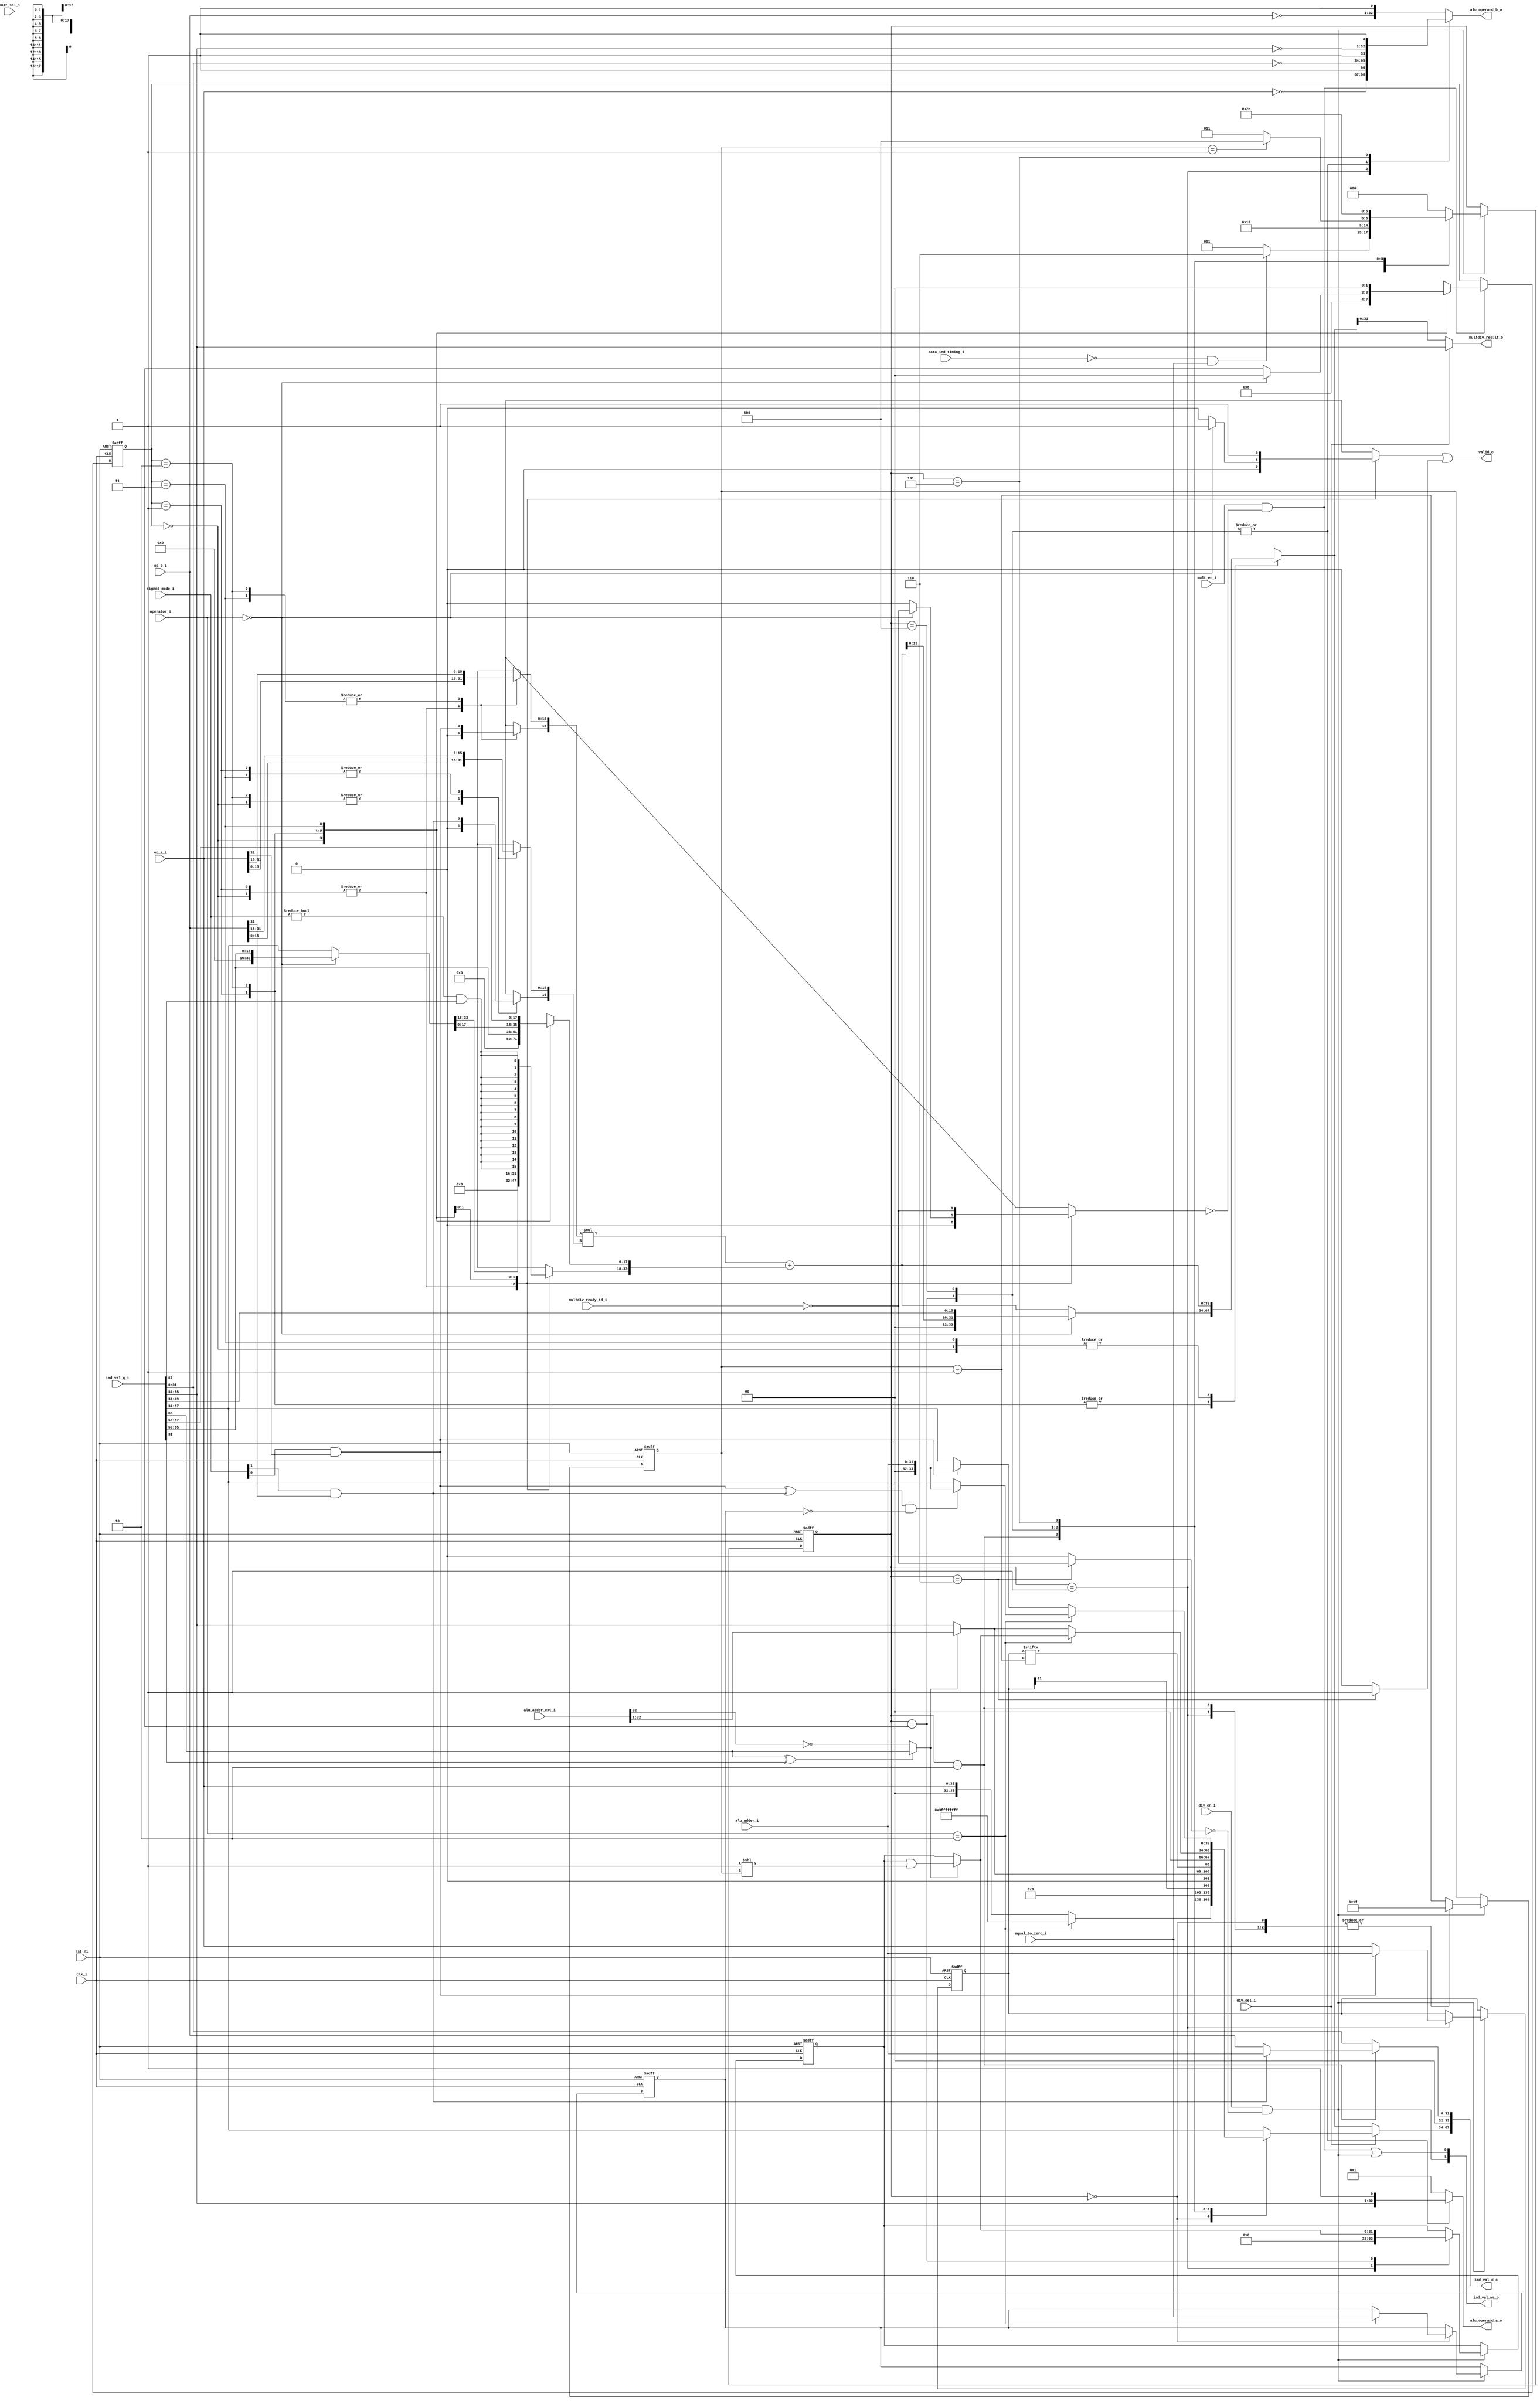
module ibex_multdiv_fast (
	clk_i,
	rst_ni,
	mult_en_i,
	div_en_i,
	mult_sel_i,
	div_sel_i,
	operator_i,
	signed_mode_i,
	op_a_i,
	op_b_i,
	alu_adder_ext_i,
	alu_adder_i,
	equal_to_zero_i,
	data_ind_timing_i,
	alu_operand_a_o,
	alu_operand_b_o,
	imd_val_q_i,
	imd_val_d_o,
	imd_val_we_o,
	multdiv_ready_id_i,
	multdiv_result_o,
	valid_o
);
	localparam integer ibex_pkg_RV32MFast = 2;
	parameter integer RV32M = ibex_pkg_RV32MFast;
	input wire clk_i;
	input wire rst_ni;
	input wire mult_en_i;
	input wire div_en_i;
	input wire mult_sel_i;
	input wire div_sel_i;
	input wire [1:0] operator_i;
	input wire [1:0] signed_mode_i;
	input wire [31:0] op_a_i;
	input wire [31:0] op_b_i;
	input wire [33:0] alu_adder_ext_i;
	input wire [31:0] alu_adder_i;
	input wire equal_to_zero_i;
	input wire data_ind_timing_i;
	output reg [32:0] alu_operand_a_o;
	output reg [32:0] alu_operand_b_o;
	input wire [67:0] imd_val_q_i;
	output wire [67:0] imd_val_d_o;
	output wire [1:0] imd_val_we_o;
	input wire multdiv_ready_id_i;
	output wire [31:0] multdiv_result_o;
	output wire valid_o;
	localparam integer RegFileFF = 0;
	localparam integer RegFileFPGA = 1;
	localparam integer RegFileLatch = 2;
	localparam integer RV32MNone = 0;
	localparam integer RV32MSlow = 1;
	localparam integer RV32MFast = 2;
	localparam integer RV32MSingleCycle = 3;
	localparam integer RV32BNone = 0;
	localparam integer RV32BBalanced = 1;
	localparam integer RV32BFull = 2;
	localparam [6:0] OPCODE_LOAD = 7'h03;
	localparam [6:0] OPCODE_MISC_MEM = 7'h0f;
	localparam [6:0] OPCODE_OP_IMM = 7'h13;
	localparam [6:0] OPCODE_AUIPC = 7'h17;
	localparam [6:0] OPCODE_STORE = 7'h23;
	localparam [6:0] OPCODE_OP = 7'h33;
	localparam [6:0] OPCODE_LUI = 7'h37;
	localparam [6:0] OPCODE_BRANCH = 7'h63;
	localparam [6:0] OPCODE_JALR = 7'h67;
	localparam [6:0] OPCODE_JAL = 7'h6f;
	localparam [6:0] OPCODE_SYSTEM = 7'h73;
	localparam [5:0] ALU_ADD = 0;
	localparam [5:0] ALU_SUB = 1;
	localparam [5:0] ALU_XOR = 2;
	localparam [5:0] ALU_OR = 3;
	localparam [5:0] ALU_AND = 4;
	localparam [5:0] ALU_XNOR = 5;
	localparam [5:0] ALU_ORN = 6;
	localparam [5:0] ALU_ANDN = 7;
	localparam [5:0] ALU_SRA = 8;
	localparam [5:0] ALU_SRL = 9;
	localparam [5:0] ALU_SLL = 10;
	localparam [5:0] ALU_SRO = 11;
	localparam [5:0] ALU_SLO = 12;
	localparam [5:0] ALU_ROR = 13;
	localparam [5:0] ALU_ROL = 14;
	localparam [5:0] ALU_GREV = 15;
	localparam [5:0] ALU_GORC = 16;
	localparam [5:0] ALU_SHFL = 17;
	localparam [5:0] ALU_UNSHFL = 18;
	localparam [5:0] ALU_LT = 19;
	localparam [5:0] ALU_LTU = 20;
	localparam [5:0] ALU_GE = 21;
	localparam [5:0] ALU_GEU = 22;
	localparam [5:0] ALU_EQ = 23;
	localparam [5:0] ALU_NE = 24;
	localparam [5:0] ALU_MIN = 25;
	localparam [5:0] ALU_MINU = 26;
	localparam [5:0] ALU_MAX = 27;
	localparam [5:0] ALU_MAXU = 28;
	localparam [5:0] ALU_PACK = 29;
	localparam [5:0] ALU_PACKU = 30;
	localparam [5:0] ALU_PACKH = 31;
	localparam [5:0] ALU_SEXTB = 32;
	localparam [5:0] ALU_SEXTH = 33;
	localparam [5:0] ALU_CLZ = 34;
	localparam [5:0] ALU_CTZ = 35;
	localparam [5:0] ALU_PCNT = 36;
	localparam [5:0] ALU_SLT = 37;
	localparam [5:0] ALU_SLTU = 38;
	localparam [5:0] ALU_CMOV = 39;
	localparam [5:0] ALU_CMIX = 40;
	localparam [5:0] ALU_FSL = 41;
	localparam [5:0] ALU_FSR = 42;
	localparam [5:0] ALU_SBSET = 43;
	localparam [5:0] ALU_SBCLR = 44;
	localparam [5:0] ALU_SBINV = 45;
	localparam [5:0] ALU_SBEXT = 46;
	localparam [5:0] ALU_BEXT = 47;
	localparam [5:0] ALU_BDEP = 48;
	localparam [5:0] ALU_BFP = 49;
	localparam [5:0] ALU_CLMUL = 50;
	localparam [5:0] ALU_CLMULR = 51;
	localparam [5:0] ALU_CLMULH = 52;
	localparam [5:0] ALU_CRC32_B = 53;
	localparam [5:0] ALU_CRC32C_B = 54;
	localparam [5:0] ALU_CRC32_H = 55;
	localparam [5:0] ALU_CRC32C_H = 56;
	localparam [5:0] ALU_CRC32_W = 57;
	localparam [5:0] ALU_CRC32C_W = 58;
	localparam [1:0] MD_OP_MULL = 0;
	localparam [1:0] MD_OP_MULH = 1;
	localparam [1:0] MD_OP_DIV = 2;
	localparam [1:0] MD_OP_REM = 3;
	localparam [1:0] CSR_OP_READ = 0;
	localparam [1:0] CSR_OP_WRITE = 1;
	localparam [1:0] CSR_OP_SET = 2;
	localparam [1:0] CSR_OP_CLEAR = 3;
	localparam [1:0] PRIV_LVL_M = 2'b11;
	localparam [1:0] PRIV_LVL_H = 2'b10;
	localparam [1:0] PRIV_LVL_S = 2'b01;
	localparam [1:0] PRIV_LVL_U = 2'b00;
	localparam [3:0] XDEBUGVER_NO = 4'd0;
	localparam [3:0] XDEBUGVER_STD = 4'd4;
	localparam [3:0] XDEBUGVER_NONSTD = 4'd15;
	localparam [1:0] WB_INSTR_LOAD = 0;
	localparam [1:0] WB_INSTR_STORE = 1;
	localparam [1:0] WB_INSTR_OTHER = 2;
	localparam [1:0] OP_A_REG_A = 0;
	localparam [1:0] OP_A_FWD = 1;
	localparam [1:0] OP_A_CURRPC = 2;
	localparam [1:0] OP_A_IMM = 3;
	localparam [0:0] IMM_A_Z = 0;
	localparam [0:0] IMM_A_ZERO = 1;
	localparam [0:0] OP_B_REG_B = 0;
	localparam [0:0] OP_B_IMM = 1;
	localparam [2:0] IMM_B_I = 0;
	localparam [2:0] IMM_B_S = 1;
	localparam [2:0] IMM_B_B = 2;
	localparam [2:0] IMM_B_U = 3;
	localparam [2:0] IMM_B_J = 4;
	localparam [2:0] IMM_B_INCR_PC = 5;
	localparam [2:0] IMM_B_INCR_ADDR = 6;
	localparam [0:0] RF_WD_EX = 0;
	localparam [0:0] RF_WD_CSR = 1;
	localparam [2:0] PC_BOOT = 0;
	localparam [2:0] PC_JUMP = 1;
	localparam [2:0] PC_EXC = 2;
	localparam [2:0] PC_ERET = 3;
	localparam [2:0] PC_DRET = 4;
	localparam [2:0] PC_BP = 5;
	localparam [1:0] EXC_PC_EXC = 0;
	localparam [1:0] EXC_PC_IRQ = 1;
	localparam [1:0] EXC_PC_DBD = 2;
	localparam [1:0] EXC_PC_DBG_EXC = 3;
	localparam [5:0] EXC_CAUSE_IRQ_SOFTWARE_M = {1'b1, 5'd3};
	localparam [5:0] EXC_CAUSE_IRQ_TIMER_M = {1'b1, 5'd7};
	localparam [5:0] EXC_CAUSE_IRQ_EXTERNAL_M = {1'b1, 5'd11};
	localparam [5:0] EXC_CAUSE_IRQ_NM = {1'b1, 5'd31};
	localparam [5:0] EXC_CAUSE_INSN_ADDR_MISA = {1'b0, 5'd0};
	localparam [5:0] EXC_CAUSE_INSTR_ACCESS_FAULT = {1'b0, 5'd1};
	localparam [5:0] EXC_CAUSE_ILLEGAL_INSN = {1'b0, 5'd2};
	localparam [5:0] EXC_CAUSE_BREAKPOINT = {1'b0, 5'd3};
	localparam [5:0] EXC_CAUSE_LOAD_ACCESS_FAULT = {1'b0, 5'd5};
	localparam [5:0] EXC_CAUSE_STORE_ACCESS_FAULT = {1'b0, 5'd7};
	localparam [5:0] EXC_CAUSE_ECALL_UMODE = {1'b0, 5'd8};
	localparam [5:0] EXC_CAUSE_ECALL_MMODE = {1'b0, 5'd11};
	localparam [2:0] DBG_CAUSE_NONE = 3'h0;
	localparam [2:0] DBG_CAUSE_EBREAK = 3'h1;
	localparam [2:0] DBG_CAUSE_TRIGGER = 3'h2;
	localparam [2:0] DBG_CAUSE_HALTREQ = 3'h3;
	localparam [2:0] DBG_CAUSE_STEP = 3'h4;
	localparam [31:0] PMP_MAX_REGIONS = 16;
	localparam [31:0] PMP_CFG_W = 8;
	localparam [31:0] PMP_I = 0;
	localparam [31:0] PMP_D = 1;
	localparam [1:0] PMP_ACC_EXEC = 2'b00;
	localparam [1:0] PMP_ACC_WRITE = 2'b01;
	localparam [1:0] PMP_ACC_READ = 2'b10;
	localparam [1:0] PMP_MODE_OFF = 2'b00;
	localparam [1:0] PMP_MODE_TOR = 2'b01;
	localparam [1:0] PMP_MODE_NA4 = 2'b10;
	localparam [1:0] PMP_MODE_NAPOT = 2'b11;
	localparam [11:0] CSR_MHARTID = 12'hf14;
	localparam [11:0] CSR_MSTATUS = 12'h300;
	localparam [11:0] CSR_MISA = 12'h301;
	localparam [11:0] CSR_MIE = 12'h304;
	localparam [11:0] CSR_MTVEC = 12'h305;
	localparam [11:0] CSR_MSCRATCH = 12'h340;
	localparam [11:0] CSR_MEPC = 12'h341;
	localparam [11:0] CSR_MCAUSE = 12'h342;
	localparam [11:0] CSR_MTVAL = 12'h343;
	localparam [11:0] CSR_MIP = 12'h344;
	localparam [11:0] CSR_PMPCFG0 = 12'h3a0;
	localparam [11:0] CSR_PMPCFG1 = 12'h3a1;
	localparam [11:0] CSR_PMPCFG2 = 12'h3a2;
	localparam [11:0] CSR_PMPCFG3 = 12'h3a3;
	localparam [11:0] CSR_PMPADDR0 = 12'h3b0;
	localparam [11:0] CSR_PMPADDR1 = 12'h3b1;
	localparam [11:0] CSR_PMPADDR2 = 12'h3b2;
	localparam [11:0] CSR_PMPADDR3 = 12'h3b3;
	localparam [11:0] CSR_PMPADDR4 = 12'h3b4;
	localparam [11:0] CSR_PMPADDR5 = 12'h3b5;
	localparam [11:0] CSR_PMPADDR6 = 12'h3b6;
	localparam [11:0] CSR_PMPADDR7 = 12'h3b7;
	localparam [11:0] CSR_PMPADDR8 = 12'h3b8;
	localparam [11:0] CSR_PMPADDR9 = 12'h3b9;
	localparam [11:0] CSR_PMPADDR10 = 12'h3ba;
	localparam [11:0] CSR_PMPADDR11 = 12'h3bb;
	localparam [11:0] CSR_PMPADDR12 = 12'h3bc;
	localparam [11:0] CSR_PMPADDR13 = 12'h3bd;
	localparam [11:0] CSR_PMPADDR14 = 12'h3be;
	localparam [11:0] CSR_PMPADDR15 = 12'h3bf;
	localparam [11:0] CSR_TSELECT = 12'h7a0;
	localparam [11:0] CSR_TDATA1 = 12'h7a1;
	localparam [11:0] CSR_TDATA2 = 12'h7a2;
	localparam [11:0] CSR_TDATA3 = 12'h7a3;
	localparam [11:0] CSR_MCONTEXT = 12'h7a8;
	localparam [11:0] CSR_SCONTEXT = 12'h7aa;
	localparam [11:0] CSR_DCSR = 12'h7b0;
	localparam [11:0] CSR_DPC = 12'h7b1;
	localparam [11:0] CSR_DSCRATCH0 = 12'h7b2;
	localparam [11:0] CSR_DSCRATCH1 = 12'h7b3;
	localparam [11:0] CSR_MCOUNTINHIBIT = 12'h320;
	localparam [11:0] CSR_MHPMEVENT3 = 12'h323;
	localparam [11:0] CSR_MHPMEVENT4 = 12'h324;
	localparam [11:0] CSR_MHPMEVENT5 = 12'h325;
	localparam [11:0] CSR_MHPMEVENT6 = 12'h326;
	localparam [11:0] CSR_MHPMEVENT7 = 12'h327;
	localparam [11:0] CSR_MHPMEVENT8 = 12'h328;
	localparam [11:0] CSR_MHPMEVENT9 = 12'h329;
	localparam [11:0] CSR_MHPMEVENT10 = 12'h32a;
	localparam [11:0] CSR_MHPMEVENT11 = 12'h32b;
	localparam [11:0] CSR_MHPMEVENT12 = 12'h32c;
	localparam [11:0] CSR_MHPMEVENT13 = 12'h32d;
	localparam [11:0] CSR_MHPMEVENT14 = 12'h32e;
	localparam [11:0] CSR_MHPMEVENT15 = 12'h32f;
	localparam [11:0] CSR_MHPMEVENT16 = 12'h330;
	localparam [11:0] CSR_MHPMEVENT17 = 12'h331;
	localparam [11:0] CSR_MHPMEVENT18 = 12'h332;
	localparam [11:0] CSR_MHPMEVENT19 = 12'h333;
	localparam [11:0] CSR_MHPMEVENT20 = 12'h334;
	localparam [11:0] CSR_MHPMEVENT21 = 12'h335;
	localparam [11:0] CSR_MHPMEVENT22 = 12'h336;
	localparam [11:0] CSR_MHPMEVENT23 = 12'h337;
	localparam [11:0] CSR_MHPMEVENT24 = 12'h338;
	localparam [11:0] CSR_MHPMEVENT25 = 12'h339;
	localparam [11:0] CSR_MHPMEVENT26 = 12'h33a;
	localparam [11:0] CSR_MHPMEVENT27 = 12'h33b;
	localparam [11:0] CSR_MHPMEVENT28 = 12'h33c;
	localparam [11:0] CSR_MHPMEVENT29 = 12'h33d;
	localparam [11:0] CSR_MHPMEVENT30 = 12'h33e;
	localparam [11:0] CSR_MHPMEVENT31 = 12'h33f;
	localparam [11:0] CSR_MCYCLE = 12'hb00;
	localparam [11:0] CSR_MINSTRET = 12'hb02;
	localparam [11:0] CSR_MHPMCOUNTER3 = 12'hb03;
	localparam [11:0] CSR_MHPMCOUNTER4 = 12'hb04;
	localparam [11:0] CSR_MHPMCOUNTER5 = 12'hb05;
	localparam [11:0] CSR_MHPMCOUNTER6 = 12'hb06;
	localparam [11:0] CSR_MHPMCOUNTER7 = 12'hb07;
	localparam [11:0] CSR_MHPMCOUNTER8 = 12'hb08;
	localparam [11:0] CSR_MHPMCOUNTER9 = 12'hb09;
	localparam [11:0] CSR_MHPMCOUNTER10 = 12'hb0a;
	localparam [11:0] CSR_MHPMCOUNTER11 = 12'hb0b;
	localparam [11:0] CSR_MHPMCOUNTER12 = 12'hb0c;
	localparam [11:0] CSR_MHPMCOUNTER13 = 12'hb0d;
	localparam [11:0] CSR_MHPMCOUNTER14 = 12'hb0e;
	localparam [11:0] CSR_MHPMCOUNTER15 = 12'hb0f;
	localparam [11:0] CSR_MHPMCOUNTER16 = 12'hb10;
	localparam [11:0] CSR_MHPMCOUNTER17 = 12'hb11;
	localparam [11:0] CSR_MHPMCOUNTER18 = 12'hb12;
	localparam [11:0] CSR_MHPMCOUNTER19 = 12'hb13;
	localparam [11:0] CSR_MHPMCOUNTER20 = 12'hb14;
	localparam [11:0] CSR_MHPMCOUNTER21 = 12'hb15;
	localparam [11:0] CSR_MHPMCOUNTER22 = 12'hb16;
	localparam [11:0] CSR_MHPMCOUNTER23 = 12'hb17;
	localparam [11:0] CSR_MHPMCOUNTER24 = 12'hb18;
	localparam [11:0] CSR_MHPMCOUNTER25 = 12'hb19;
	localparam [11:0] CSR_MHPMCOUNTER26 = 12'hb1a;
	localparam [11:0] CSR_MHPMCOUNTER27 = 12'hb1b;
	localparam [11:0] CSR_MHPMCOUNTER28 = 12'hb1c;
	localparam [11:0] CSR_MHPMCOUNTER29 = 12'hb1d;
	localparam [11:0] CSR_MHPMCOUNTER30 = 12'hb1e;
	localparam [11:0] CSR_MHPMCOUNTER31 = 12'hb1f;
	localparam [11:0] CSR_MCYCLEH = 12'hb80;
	localparam [11:0] CSR_MINSTRETH = 12'hb82;
	localparam [11:0] CSR_MHPMCOUNTER3H = 12'hb83;
	localparam [11:0] CSR_MHPMCOUNTER4H = 12'hb84;
	localparam [11:0] CSR_MHPMCOUNTER5H = 12'hb85;
	localparam [11:0] CSR_MHPMCOUNTER6H = 12'hb86;
	localparam [11:0] CSR_MHPMCOUNTER7H = 12'hb87;
	localparam [11:0] CSR_MHPMCOUNTER8H = 12'hb88;
	localparam [11:0] CSR_MHPMCOUNTER9H = 12'hb89;
	localparam [11:0] CSR_MHPMCOUNTER10H = 12'hb8a;
	localparam [11:0] CSR_MHPMCOUNTER11H = 12'hb8b;
	localparam [11:0] CSR_MHPMCOUNTER12H = 12'hb8c;
	localparam [11:0] CSR_MHPMCOUNTER13H = 12'hb8d;
	localparam [11:0] CSR_MHPMCOUNTER14H = 12'hb8e;
	localparam [11:0] CSR_MHPMCOUNTER15H = 12'hb8f;
	localparam [11:0] CSR_MHPMCOUNTER16H = 12'hb90;
	localparam [11:0] CSR_MHPMCOUNTER17H = 12'hb91;
	localparam [11:0] CSR_MHPMCOUNTER18H = 12'hb92;
	localparam [11:0] CSR_MHPMCOUNTER19H = 12'hb93;
	localparam [11:0] CSR_MHPMCOUNTER20H = 12'hb94;
	localparam [11:0] CSR_MHPMCOUNTER21H = 12'hb95;
	localparam [11:0] CSR_MHPMCOUNTER22H = 12'hb96;
	localparam [11:0] CSR_MHPMCOUNTER23H = 12'hb97;
	localparam [11:0] CSR_MHPMCOUNTER24H = 12'hb98;
	localparam [11:0] CSR_MHPMCOUNTER25H = 12'hb99;
	localparam [11:0] CSR_MHPMCOUNTER26H = 12'hb9a;
	localparam [11:0] CSR_MHPMCOUNTER27H = 12'hb9b;
	localparam [11:0] CSR_MHPMCOUNTER28H = 12'hb9c;
	localparam [11:0] CSR_MHPMCOUNTER29H = 12'hb9d;
	localparam [11:0] CSR_MHPMCOUNTER30H = 12'hb9e;
	localparam [11:0] CSR_MHPMCOUNTER31H = 12'hb9f;
	localparam [11:0] CSR_CPUCTRL = 12'h7c0;
	localparam [11:0] CSR_SECURESEED = 12'h7c1;
	localparam [11:0] CSR_OFF_PMP_CFG = 12'h3a0;
	localparam [11:0] CSR_OFF_PMP_ADDR = 12'h3b0;
	localparam [31:0] CSR_MSTATUS_MIE_BIT = 3;
	localparam [31:0] CSR_MSTATUS_MPIE_BIT = 7;
	localparam [31:0] CSR_MSTATUS_MPP_BIT_LOW = 11;
	localparam [31:0] CSR_MSTATUS_MPP_BIT_HIGH = 12;
	localparam [31:0] CSR_MSTATUS_MPRV_BIT = 17;
	localparam [31:0] CSR_MSTATUS_TW_BIT = 21;
	localparam [1:0] CSR_MISA_MXL = 2'd1;
	localparam [31:0] CSR_MSIX_BIT = 3;
	localparam [31:0] CSR_MTIX_BIT = 7;
	localparam [31:0] CSR_MEIX_BIT = 11;
	localparam [31:0] CSR_MFIX_BIT_LOW = 16;
	localparam [31:0] CSR_MFIX_BIT_HIGH = 30;
	wire signed [34:0] mac_res_signed;
	wire [34:0] mac_res_ext;
	reg [33:0] accum;
	reg sign_a;
	reg sign_b;
	reg mult_valid;
	wire signed_mult;
	reg [33:0] mac_res_d;
	reg [33:0] op_remainder_d;
	wire [33:0] mac_res;
	wire div_sign_a;
	wire div_sign_b;
	reg is_greater_equal;
	wire div_change_sign;
	wire rem_change_sign;
	wire [31:0] one_shift;
	wire [31:0] op_denominator_q;
	reg [31:0] op_numerator_q;
	reg [31:0] op_quotient_q;
	reg [31:0] op_denominator_d;
	reg [31:0] op_numerator_d;
	reg [31:0] op_quotient_d;
	wire [31:0] next_remainder;
	wire [32:0] next_quotient;
	wire [31:0] res_adder_h;
	reg div_valid;
	reg [4:0] div_counter_q;
	reg [4:0] div_counter_d;
	wire multdiv_en;
	reg mult_hold;
	reg div_hold;
	reg div_by_zero_d;
	reg div_by_zero_q;
	wire mult_en_internal;
	wire div_en_internal;
	reg [2:0] md_state_q;
	reg [2:0] md_state_d;
	wire unused_mult_sel_i;
	assign unused_mult_sel_i = mult_sel_i;
	assign mult_en_internal = mult_en_i & ~mult_hold;
	assign div_en_internal = div_en_i & ~div_hold;
	localparam [2:0] MD_IDLE = 0;
	always @(posedge clk_i or negedge rst_ni)
		if (!rst_ni) begin
			div_counter_q <= {5 {1'sb0}};
			md_state_q <= MD_IDLE;
			op_numerator_q <= {32 {1'sb0}};
			op_quotient_q <= {32 {1'sb0}};
			div_by_zero_q <= 1'sb0;
		end
		else if (div_en_internal) begin
			div_counter_q <= div_counter_d;
			op_numerator_q <= op_numerator_d;
			op_quotient_q <= op_quotient_d;
			md_state_q <= md_state_d;
			div_by_zero_q <= div_by_zero_d;
		end
	assign multdiv_en = mult_en_internal | div_en_internal;
	assign imd_val_d_o[34+:34] = (div_sel_i ? op_remainder_d : mac_res_d);
	assign imd_val_we_o[0] = multdiv_en;
	assign imd_val_d_o[0+:34] = {2'b00, op_denominator_d};
	assign imd_val_we_o[1] = div_en_internal;
	assign op_denominator_q = imd_val_q_i[31-:32];
	wire [1:0] unused_imd_val;
	assign unused_imd_val = imd_val_q_i[33-:2];
	wire unused_mac_res_ext;
	assign unused_mac_res_ext = mac_res_ext[34];
	assign signed_mult = signed_mode_i != 2'b00;
	assign multdiv_result_o = (div_sel_i ? imd_val_q_i[65-:32] : mac_res_d[31:0]);
	localparam [1:0] AHBH = 3;
	localparam [1:0] AHBL = 2;
	localparam [1:0] ALBH = 1;
	localparam [1:0] ALBL = 0;
	localparam [0:0] MULH = 1;
	localparam [0:0] MULL = 0;
	generate
		if (RV32M == RV32MSingleCycle) begin : gen_mult_single_cycle
			reg mult_state_q;
			reg mult_state_d;
			wire signed [33:0] mult1_res;
			wire signed [33:0] mult2_res;
			wire signed [33:0] mult3_res;
			wire [33:0] mult1_res_uns;
			wire [33:32] unused_mult1_res_uns;
			wire [15:0] mult1_op_a;
			wire [15:0] mult1_op_b;
			wire [15:0] mult2_op_a;
			wire [15:0] mult2_op_b;
			reg [15:0] mult3_op_a;
			reg [15:0] mult3_op_b;
			wire mult1_sign_a;
			wire mult1_sign_b;
			wire mult2_sign_a;
			wire mult2_sign_b;
			reg mult3_sign_a;
			reg mult3_sign_b;
			reg [33:0] summand1;
			reg [33:0] summand2;
			reg [33:0] summand3;
			assign mult1_res = $signed({mult1_sign_a, mult1_op_a}) * $signed({mult1_sign_b, mult1_op_b});
			assign mult2_res = $signed({mult2_sign_a, mult2_op_a}) * $signed({mult2_sign_b, mult2_op_b});
			assign mult3_res = $signed({mult3_sign_a, mult3_op_a}) * $signed({mult3_sign_b, mult3_op_b});
			assign mac_res_signed = ($signed(summand1) + $signed(summand2)) + $signed(summand3);
			assign mult1_res_uns = $unsigned(mult1_res);
			assign mac_res_ext = $unsigned(mac_res_signed);
			assign mac_res = mac_res_ext[33:0];
			always @(*) sign_a = signed_mode_i[0] & op_a_i[31];
			always @(*) sign_b = signed_mode_i[1] & op_b_i[31];
			assign mult1_sign_a = 1'b0;
			assign mult1_sign_b = 1'b0;
			assign mult1_op_a = op_a_i[15:0];
			assign mult1_op_b = op_b_i[15:0];
			assign mult2_sign_a = 1'b0;
			assign mult2_sign_b = sign_b;
			assign mult2_op_a = op_a_i[15:0];
			assign mult2_op_b = op_b_i[31:16];
			always @(*) accum[17:0] = imd_val_q_i[67-:18];
			always @(*) accum[33:18] = {16 {signed_mult & imd_val_q_i[67]}};
			always @(*) begin
				mult3_sign_a = sign_a;
				mult3_sign_b = 1'b0;
				mult3_op_a = op_a_i[31:16];
				mult3_op_b = op_b_i[15:0];
				summand1 = {18'h00000, mult1_res_uns[31:16]};
				summand2 = $unsigned(mult2_res);
				summand3 = $unsigned(mult3_res);
				mac_res_d = {2'b00, mac_res[15:0], mult1_res_uns[15:0]};
				mult_valid = mult_en_i;
				mult_state_d = MULL;
				mult_hold = 1'b0;
				case (mult_state_q)
					MULL:
						if (operator_i != MD_OP_MULL) begin
							mac_res_d = mac_res;
							mult_valid = 1'b0;
							mult_state_d = MULH;
						end
						else
							mult_hold = ~multdiv_ready_id_i;
					MULH: begin
						mult3_sign_a = sign_a;
						mult3_sign_b = sign_b;
						mult3_op_a = op_a_i[31:16];
						mult3_op_b = op_b_i[31:16];
						mac_res_d = mac_res;
						summand1 = {34 {1'sb0}};
						summand2 = accum;
						summand3 = mult3_res;
						mult_state_d = MULL;
						mult_valid = 1'b1;
						mult_hold = ~multdiv_ready_id_i;
					end
					default: mult_state_d = MULL;
				endcase
			end
			always @(posedge clk_i or negedge rst_ni)
				if (!rst_ni)
					mult_state_q <= MULL;
				else if (mult_en_internal)
					mult_state_q <= mult_state_d;
			assign unused_mult1_res_uns = mult1_res_uns[33:32];
		end
		else begin : gen_mult_fast
			reg [15:0] mult_op_a;
			reg [15:0] mult_op_b;
			reg [1:0] mult_state_q;
			reg [1:0] mult_state_d;
			assign mac_res_signed = ($signed({sign_a, mult_op_a}) * $signed({sign_b, mult_op_b})) + $signed(accum);
			assign mac_res_ext = $unsigned(mac_res_signed);
			assign mac_res = mac_res_ext[33:0];
			always @(*) begin
				mult_op_a = op_a_i[15:0];
				mult_op_b = op_b_i[15:0];
				sign_a = 1'b0;
				sign_b = 1'b0;
				accum = imd_val_q_i[34+:34];
				mac_res_d = mac_res;
				mult_state_d = mult_state_q;
				mult_valid = 1'b0;
				mult_hold = 1'b0;
				case (mult_state_q)
					ALBL: begin
						mult_op_a = op_a_i[15:0];
						mult_op_b = op_b_i[15:0];
						sign_a = 1'b0;
						sign_b = 1'b0;
						accum = {34 {1'sb0}};
						mac_res_d = mac_res;
						mult_state_d = ALBH;
					end
					ALBH: begin
						mult_op_a = op_a_i[15:0];
						mult_op_b = op_b_i[31:16];
						sign_a = 1'b0;
						sign_b = signed_mode_i[1] & op_b_i[31];
						accum = {18'b000000000000000000, imd_val_q_i[65-:16]};
						if (operator_i == MD_OP_MULL)
							mac_res_d = {2'b00, mac_res[15:0], imd_val_q_i[49-:16]};
						else
							mac_res_d = mac_res;
						mult_state_d = AHBL;
					end
					AHBL: begin
						mult_op_a = op_a_i[31:16];
						mult_op_b = op_b_i[15:0];
						sign_a = signed_mode_i[0] & op_a_i[31];
						sign_b = 1'b0;
						if (operator_i == MD_OP_MULL) begin
							accum = {18'b000000000000000000, imd_val_q_i[65-:16]};
							mac_res_d = {2'b00, mac_res[15:0], imd_val_q_i[49-:16]};
							mult_valid = 1'b1;
							mult_state_d = ALBL;
							mult_hold = ~multdiv_ready_id_i;
						end
						else begin
							accum = imd_val_q_i[34+:34];
							mac_res_d = mac_res;
							mult_state_d = AHBH;
						end
					end
					AHBH: begin
						mult_op_a = op_a_i[31:16];
						mult_op_b = op_b_i[31:16];
						sign_a = signed_mode_i[0] & op_a_i[31];
						sign_b = signed_mode_i[1] & op_b_i[31];
						accum[17:0] = imd_val_q_i[67-:18];
						accum[33:18] = {16 {signed_mult & imd_val_q_i[67]}};
						mac_res_d = mac_res;
						mult_valid = 1'b1;
						mult_state_d = ALBL;
						mult_hold = ~multdiv_ready_id_i;
					end
					default: mult_state_d = ALBL;
				endcase
			end
			always @(posedge clk_i or negedge rst_ni)
				if (!rst_ni)
					mult_state_q <= ALBL;
				else if (mult_en_internal)
					mult_state_q <= mult_state_d;
		end
	endgenerate
	assign res_adder_h = alu_adder_ext_i[32:1];
	wire [1:0] unused_alu_adder_ext;
	assign unused_alu_adder_ext = {alu_adder_ext_i[33], alu_adder_ext_i[0]};
	assign next_remainder = (is_greater_equal ? res_adder_h[31:0] : imd_val_q_i[65-:32]);
	assign next_quotient = (is_greater_equal ? {1'b0, op_quotient_q} | {1'b0, one_shift} : {1'b0, op_quotient_q});
	assign one_shift = {31'b0000000000000000000000000000000, 1'b1} << div_counter_q;
	always @(*)
		if ((imd_val_q_i[65] ^ op_denominator_q[31]) == 1'b0)
			is_greater_equal = res_adder_h[31] == 1'b0;
		else
			is_greater_equal = imd_val_q_i[65];
	assign div_sign_a = op_a_i[31] & signed_mode_i[0];
	assign div_sign_b = op_b_i[31] & signed_mode_i[1];
	assign div_change_sign = (div_sign_a ^ div_sign_b) & ~div_by_zero_q;
	assign rem_change_sign = div_sign_a;
	localparam [2:0] MD_ABS_A = 1;
	localparam [2:0] MD_ABS_B = 2;
	localparam [2:0] MD_CHANGE_SIGN = 5;
	localparam [2:0] MD_COMP = 3;
	localparam [2:0] MD_FINISH = 6;
	localparam [2:0] MD_LAST = 4;
	always @(*) begin
		div_counter_d = div_counter_q - 5'h01;
		op_remainder_d = imd_val_q_i[34+:34];
		op_quotient_d = op_quotient_q;
		md_state_d = md_state_q;
		op_numerator_d = op_numerator_q;
		op_denominator_d = op_denominator_q;
		alu_operand_a_o = {32'h00000000, 1'b1};
		alu_operand_b_o = {~op_b_i, 1'b1};
		div_valid = 1'b0;
		div_hold = 1'b0;
		div_by_zero_d = div_by_zero_q;
		case (md_state_q)
			MD_IDLE: begin
				if (operator_i == MD_OP_DIV) begin
					op_remainder_d = {34 {1'sb1}};
					md_state_d = (!data_ind_timing_i && equal_to_zero_i ? MD_FINISH : MD_ABS_A);
					div_by_zero_d = equal_to_zero_i;
				end
				else begin
					op_remainder_d = {2'b00, op_a_i};
					md_state_d = (!data_ind_timing_i && equal_to_zero_i ? MD_FINISH : MD_ABS_A);
				end
				alu_operand_a_o = {32'h00000000, 1'b1};
				alu_operand_b_o = {~op_b_i, 1'b1};
				div_counter_d = 5'd31;
			end
			MD_ABS_A: begin
				op_quotient_d = {32 {1'sb0}};
				op_numerator_d = (div_sign_a ? alu_adder_i : op_a_i);
				md_state_d = MD_ABS_B;
				div_counter_d = 5'd31;
				alu_operand_a_o = {32'h00000000, 1'b1};
				alu_operand_b_o = {~op_a_i, 1'b1};
			end
			MD_ABS_B: begin
				op_remainder_d = {33'h000000000, op_numerator_q[31]};
				op_denominator_d = (div_sign_b ? alu_adder_i : op_b_i);
				md_state_d = MD_COMP;
				div_counter_d = 5'd31;
				alu_operand_a_o = {32'h00000000, 1'b1};
				alu_operand_b_o = {~op_b_i, 1'b1};
			end
			MD_COMP: begin
				op_remainder_d = {1'b0, next_remainder[31:0], op_numerator_q[div_counter_d]};
				op_quotient_d = next_quotient[31:0];
				md_state_d = (div_counter_q == 5'd1 ? MD_LAST : MD_COMP);
				alu_operand_a_o = {imd_val_q_i[65-:32], 1'b1};
				alu_operand_b_o = {~op_denominator_q[31:0], 1'b1};
			end
			MD_LAST: begin
				if (operator_i == MD_OP_DIV)
					op_remainder_d = {1'b0, next_quotient};
				else
					op_remainder_d = {2'b00, next_remainder[31:0]};
				alu_operand_a_o = {imd_val_q_i[65-:32], 1'b1};
				alu_operand_b_o = {~op_denominator_q[31:0], 1'b1};
				md_state_d = MD_CHANGE_SIGN;
			end
			MD_CHANGE_SIGN: begin
				md_state_d = MD_FINISH;
				if (operator_i == MD_OP_DIV)
					op_remainder_d = (div_change_sign ? {2'h0, alu_adder_i} : imd_val_q_i[34+:34]);
				else
					op_remainder_d = (rem_change_sign ? {2'h0, alu_adder_i} : imd_val_q_i[34+:34]);
				alu_operand_a_o = {32'h00000000, 1'b1};
				alu_operand_b_o = {~imd_val_q_i[65-:32], 1'b1};
			end
			MD_FINISH: begin
				md_state_d = MD_IDLE;
				div_hold = ~multdiv_ready_id_i;
				div_valid = 1'b1;
			end
			default: md_state_d = MD_IDLE;
		endcase
	end
	assign valid_o = mult_valid | div_valid;
endmodule